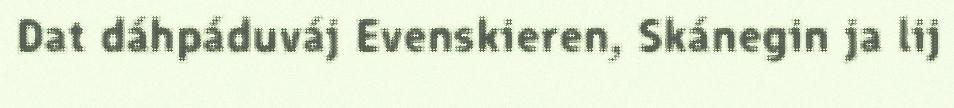
Dat dáhpáduváj Evenskieren, Skánegin ja lij